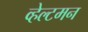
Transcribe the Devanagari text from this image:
व्हेल्टमन